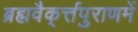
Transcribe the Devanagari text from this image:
ब्रह्मवैक्‌र्त्तपुराणमें